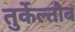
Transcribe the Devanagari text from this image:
तुर्केल्तौब